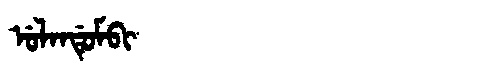
Manchu: ᡠᠯᠠᠨᡩᡠᠮᠪᡳ
Romanization: ULANDUMBI